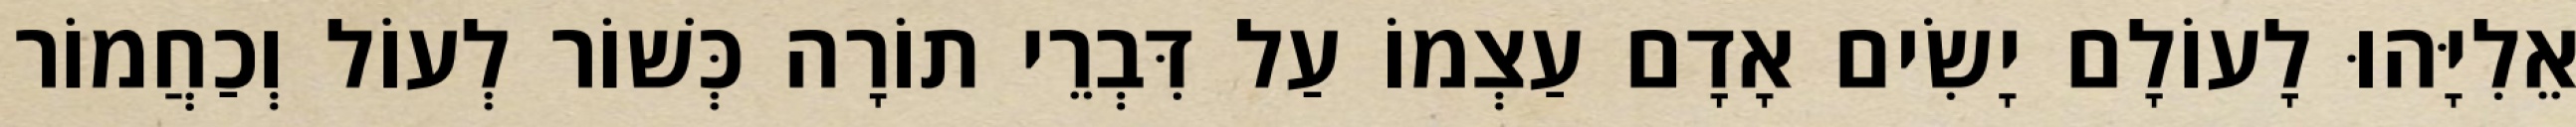
אֵלִיָּהוּ לָעוֹלָם יָשִׂים אָדָם עַצְמוֹ עַל דִּבְרֵי תוֹרָה כְּשׁוֹר לְעוֹל וְכַחֲמוֹר